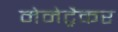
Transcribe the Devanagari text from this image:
मेमेट्रैकर